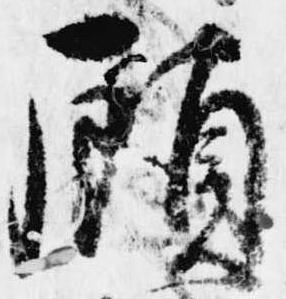
顧